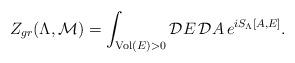
LaTeX: \begin{align*}Z_{gr}(\Lambda,{\cal M}) = \int_{{\rm Vol}(E) > 0} {\cal D}E \,{\cal D}A \, e^{iS_\Lambda[A,E]}.\end{align*}